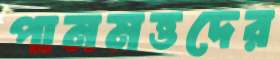
পানমত্তদের